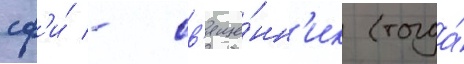
сф'и́ - св'яще́нн'ик (тогда́